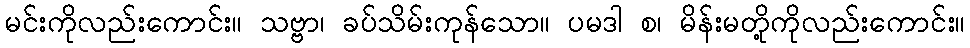
မင်းကိုလည်းကောင်း။ သဗ္ဗာ၊ ခပ်သိမ်းကုန်သော။ ပမဒါ စ၊ မိန်းမတို့ကိုလည်းကောင်း။